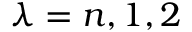
\lambda = n , 1 , 2